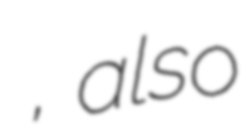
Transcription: كُنار زيارت, also